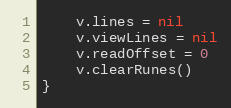
Language: Go
	v.lines = nil
	v.viewLines = nil
	v.readOffset = 0
	v.clearRunes()
}